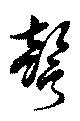
謦